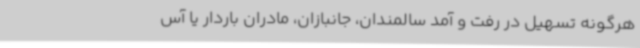
هرگونه تسهیل در رفت و آمد سالمندان، جانبازان، مادران باردار یا آس